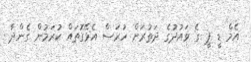
އެމް ޑީ ޕީ ގެ ވައުދުގެ ދަތުރަށް ހުރަސް އެޅޭގޮތައް ކުރަމުން ގެންދާ